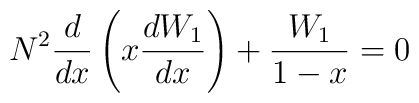
N^2\frac{d}{dx}\left(x\frac{d W_1}{dx}\right) + \frac{W_1}{1 - x} = 0